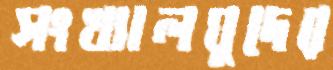
সংখ্যালঘুদের